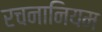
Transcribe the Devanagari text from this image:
रचनानियम